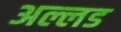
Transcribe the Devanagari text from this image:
अल्लड